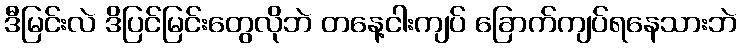
ဒီမြင်းလဲ ဒိပြင်မြင်းတွေလိုဘဲ တနေ့ငါးကျပ် ခြောက်ကျပ်ရနေသားဘဲ